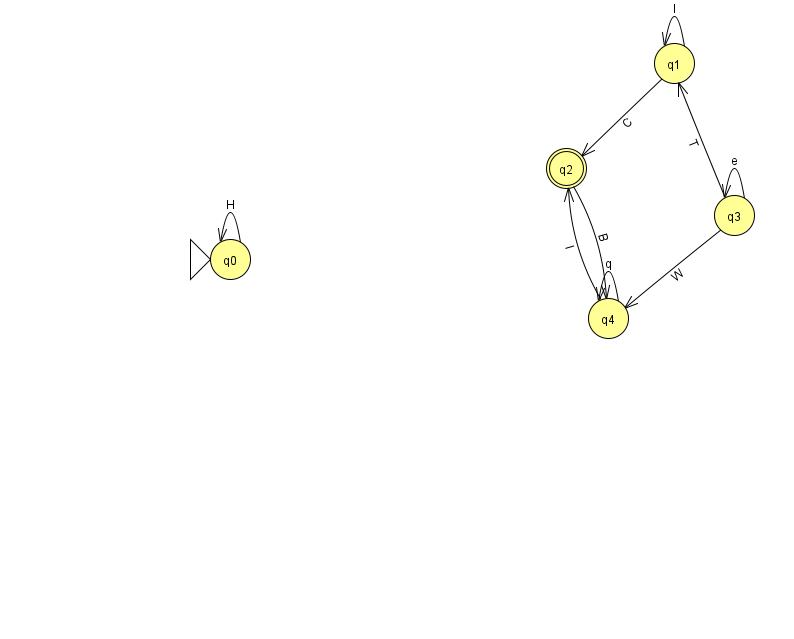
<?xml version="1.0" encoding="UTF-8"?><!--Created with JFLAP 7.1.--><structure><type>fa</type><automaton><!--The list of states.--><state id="0" name="q0"><x>230.0</x><y>246.0</y><initial/></state><state id="1" name="q1"><x>674.0</x><y>50.0</y></state><state id="2" name="q2"><x>566.0</x><y>155.0</y><final/></state><state id="3" name="q3"><x>734.0</x><y>202.0</y></state><state id="4" name="q4"><x>608.0</x><y>305.0</y></state><!--The list of transitions.--><transition><from>4</from><to>4</to><read>q</read></transition><transition><from>3</from><to>4</to><read>W</read></transition><transition><from>3</from><to>3</to><read>e</read></transition><transition><from>2</from><to>4</to><read>B</read></transition><transition><from>0</from><to>0</to><read>H</read></transition><transition><from>1</from><to>2</to><read>C</read></transition><transition><from>1</from><to>1</to><read>l</read></transition><transition><from>3</from><to>1</to><read>T</read></transition><transition><from>4</from><to>2</to><read>I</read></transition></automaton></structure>